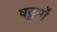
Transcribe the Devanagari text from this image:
षट्कर्मों